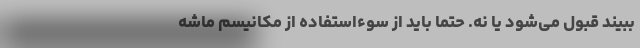
ببیند قبول می‌شود یا نه. حتما باید از سوءاستفاده از مکانیسم ماشه